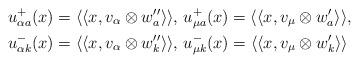
LaTeX: \begin{align*} u_{\alpha a}^+(x)=\langle\langle x,v_\alpha \otimes w''_a\rangle\rangle,\ & u_{\mu a}^+(x)=\langle\langle x, v_\mu \otimes w'_a \rangle\rangle ,\\ u_{\alpha k}^-(x)=\langle\langle x,v_\alpha \otimes w''_k\rangle\rangle,\ & u_{\mu k}^-(x)=\langle\langle x, v_\mu \otimes w'_k\rangle\rangle\end{align*}